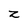
Character: z